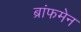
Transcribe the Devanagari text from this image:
ब्रांफमेन